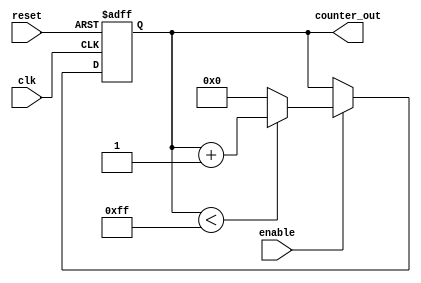
module up_counter #(
    parameter WIDTH = 8,           // Width of the counter (number of bits)
    parameter INITIAL_VALUE = 0,   // Initial value of the counter
    parameter MAX_VALUE = 255       // Maximum value of the counter
)(
    input wire clk,                // Clock input
    input wire reset,              // Asynchronous reset input
    input wire enable,             // Enable input
    output reg [WIDTH-1:0] counter_out // Counter output
);

    // Always block for synchronous logic
    always @(posedge clk or posedge reset) begin
        if (reset) begin
            // Asynchronous reset: set counter to initial value
            counter_out <= INITIAL_VALUE;
        end else if (enable) begin
            // Increment the counter if enabled
            if (counter_out < MAX_VALUE) begin
                counter_out <= counter_out + 1;
            end else begin
                // Wrap around to initial value or latch at max value
                counter_out <= INITIAL_VALUE; // Change to counter_out <= MAX_VALUE; to latch at max
            end
        end
    end

endmodule